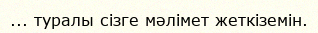
... туралы сізге мәлімет жеткіземін.